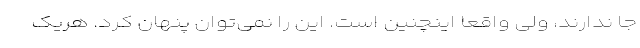
جا ندارند، ولی واقعا اینچنین است. این را نمی‌توان پنهان کرد. هریک